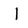
Character: 1